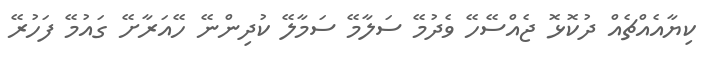
ކިޔާއެއްޗެއް ދުކޮޅޮ ޖެއްސޭހޭ ވެދުމޭ ސަލާމޭ ސަމާލޭ ކުދިންނޭ ހޭއަރާށޭ ގައުމޭ ފަހުރޭ